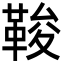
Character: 𩊻